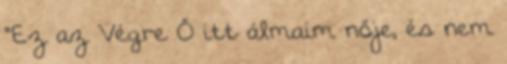
"Ez az Végre Ő itt álmaim nője, és nem